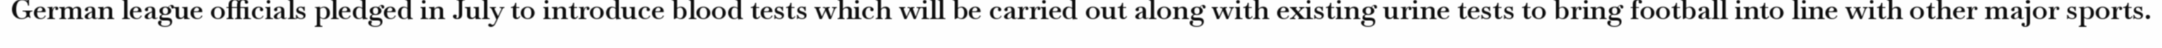
German league officials pledged in July to introduce blood tests which will be carried out along with existing urine tests to bring football into line with other major sports.